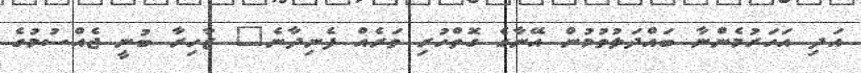
އަދި އަހަރުމެންނާ ބައްދަލުވުމުން އޭނާގެ ގޮތްހުރި ވަރެއް ފެނިދާނެ" ޒާހިރާ ބުނީ ޖެއްސުމުގެ